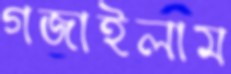
গজাইলাম